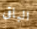
الباقى